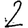
Digit: 2